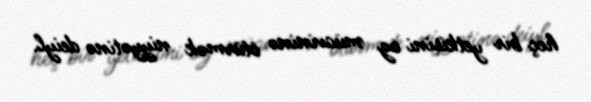
heç bir yetkisini öz müavininə ötürmək niyyətinə deiyl.